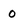
Character: 0